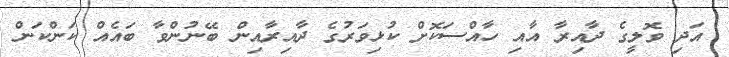
އަދި ވޮލީގެ ދާއިރާ އާއި ހާއްސަކޮށް ކުޅިވަރުގެ ދާއިރާއިން ބޭނުންވާ ބައެއް ކަންކަން